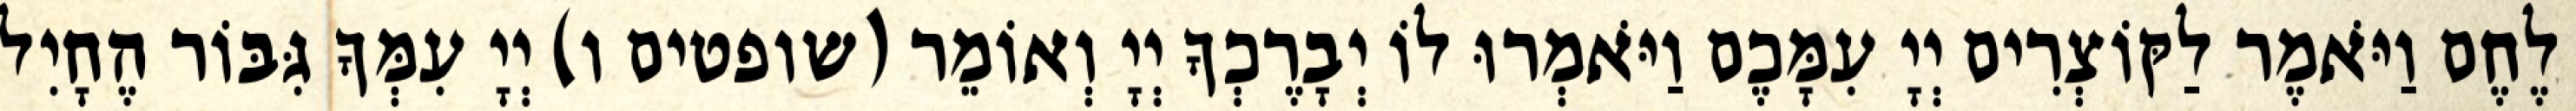
לֶחֶם וַיֹּאמֶר לַקּוֹצְרִים יְיָ עִמָּכֶם וַיֹּאמְרוּ לוֹ יְבָרֶכְךָ יְיָ וְאוֹמֵר (שופטים ו) יְיָ עִמְּךָ גִּבּוֹר הֶחָיִל